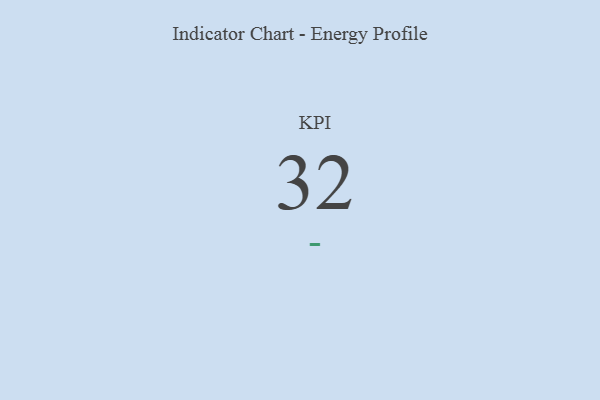
{"axis": {"x": "KPI", "y": "Value"}, "legend": [""], "data": [{"x": "KPI", "y": 32, "type": ""}]}